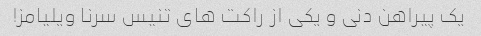
یک پیراهن دنی و یکی از راکت های تنیس سرنا ویلیامز!